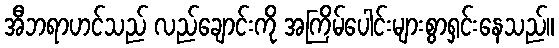
အီဘရာဟင်သည် လည်ချောင်းကို အကြိမ်ပေါင်းများစွာရှင်းနေသည်။